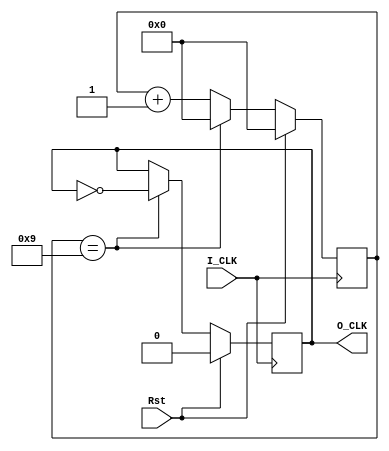
`timescale 1ns / 1ps
//////////////////////////////////////////////////////////////////////////////////
// Company: 
// Engineer: 
// 
// Design Name: 
// Module Name: Divider
// Project Name: 
// Target Devices: 
// Tool Versions: 
// Description: 
// 
// Dependencies: 
// 
// Revision:
// Revision 0.01 - File Created
// Additional Comments:
// 
//////////////////////////////////////////////////////////////////////////////////


module Divider(I_CLK,Rst,O_CLK);
    input wire I_CLK;
    input wire Rst;
    output reg O_CLK=0;
    reg [31:0] cnt=0;
    parameter divide=20;
    always@(posedge I_CLK)
    begin
        if(Rst)
        begin
            O_CLK<=0;
            cnt<=0;
        end
        else if(cnt==divide/2-1)
        begin
            O_CLK<=~O_CLK;
            cnt<=0;
        end
        else cnt<=cnt+1;
    end
endmodule